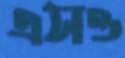
এসও